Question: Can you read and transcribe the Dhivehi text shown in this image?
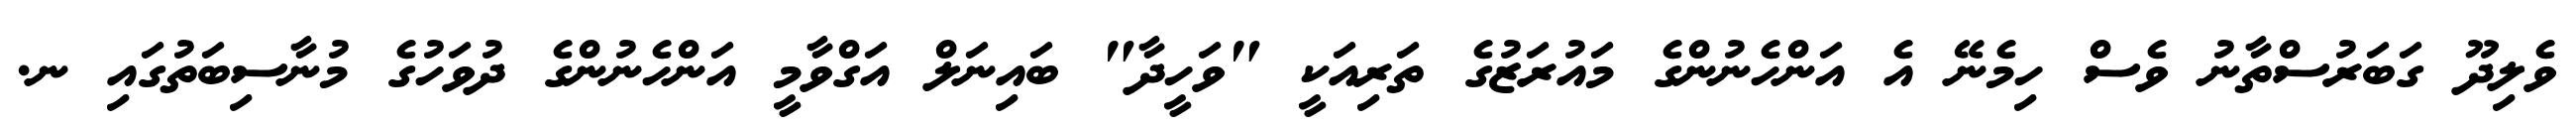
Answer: ވެލިދޫ ގަބަރުސްތާނު ވެސް ހިމެނޭ އެ އަންހެނުންގެ މައުރަޒުގެ ތަރިއަކީ "ވަހީދާ" ބައިނަލް އަގްވާމީ އަންހެނުންގެ ދުވަހުގެ މުނާސިބަތުގައި ނ.